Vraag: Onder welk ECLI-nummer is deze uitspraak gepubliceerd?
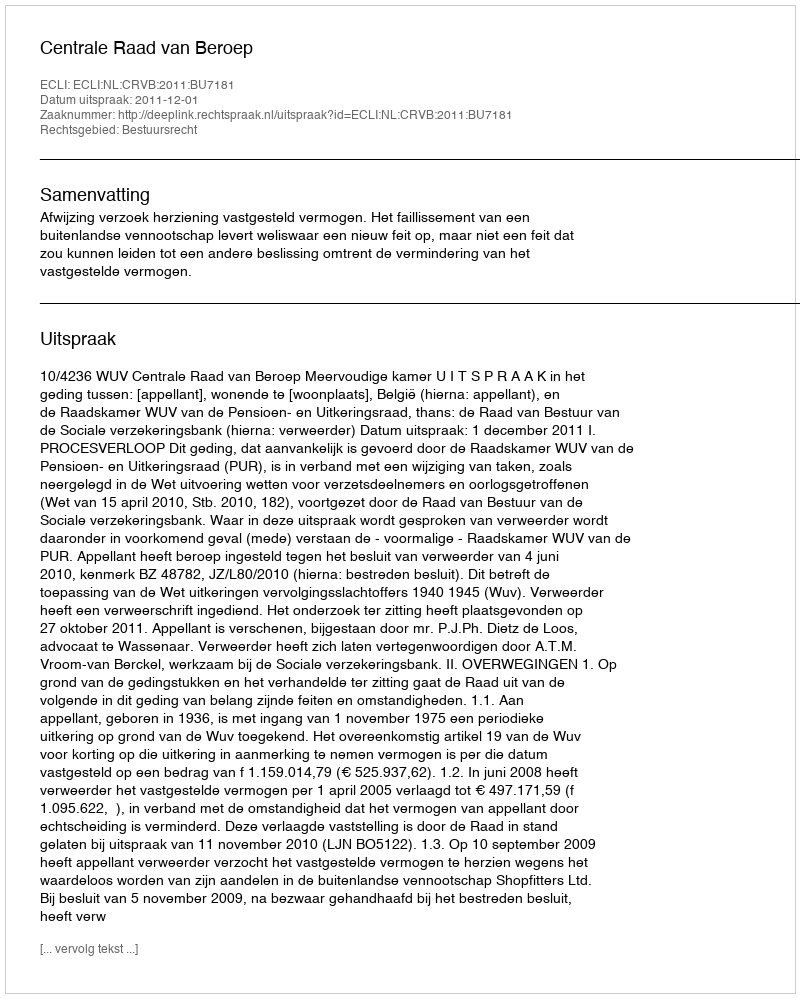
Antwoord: ECLI:NL:CRVB:2011:BU7181